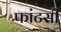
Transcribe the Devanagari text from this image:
फांटसी